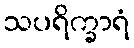
သပရိက္ခာရံ